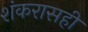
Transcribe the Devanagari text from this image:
शंकरासही